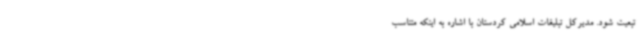
تبعیت شود. مدیرکل تبلیغات اسلامی کردستان با اشاره به اینکه متناسب